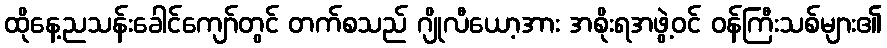
ထိုနေ့ညသန်းခေါင်ကျော်တွင် တက်စသည် ဂျိုလီယော့အား အစိုးရအဖွဲ့ဝင် ဝန်ကြီးသစ်များ၏